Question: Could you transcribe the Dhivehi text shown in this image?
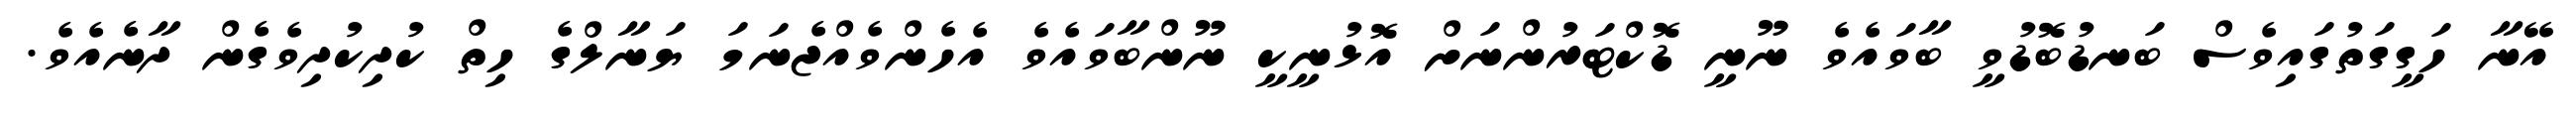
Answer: އޭނާ ހަގީގަތުގައިވެސް ބަނޑުބޮޑުވީ ބާވައެވެ ނޫނީ ޑޮކްޓަރުންނަށް އޮޅުނީކީ ނޫންބާވައެވެ އެހެންވެއްޖެނަމަ ޔަނާލްގެ ހިތް ކުދިކުދިވެގެން ދާނެއެވެ.